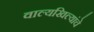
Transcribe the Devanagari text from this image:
वाल्यखिल्यांचे